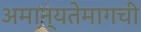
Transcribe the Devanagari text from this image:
अमान्यतेमागची